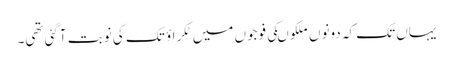
یہاں تک کہ دونوں ملکوںکی فوجوں میں ٹکراؤ تک کی نوبت آگئی تھی۔